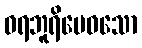
ဝရဘူရိမေဓသော